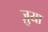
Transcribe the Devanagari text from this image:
ज़ुया